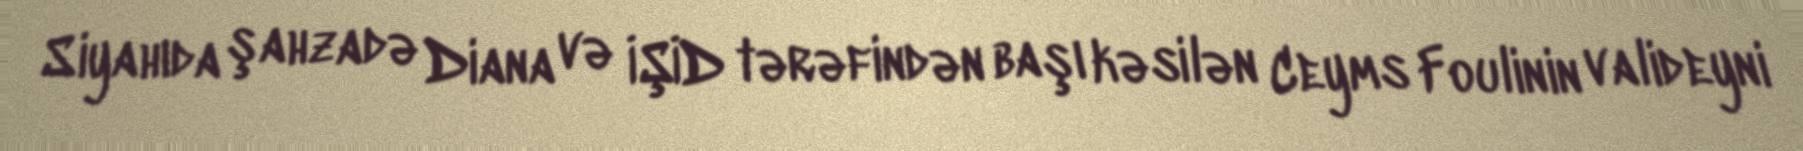
Siyahıda şahzadə Diana və İŞİD tərəfindən başı kəsilən Ceyms Foulinin valideyni